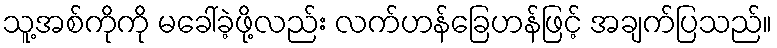
သူ့အစ်ကိုကို မခေါ်ခဲ့ဖို့လည်း လက်ဟန်ခြေဟန်ဖြင့် အချက်ပြသည်။